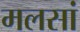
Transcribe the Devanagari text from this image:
मलसां